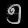
Digit: ၅